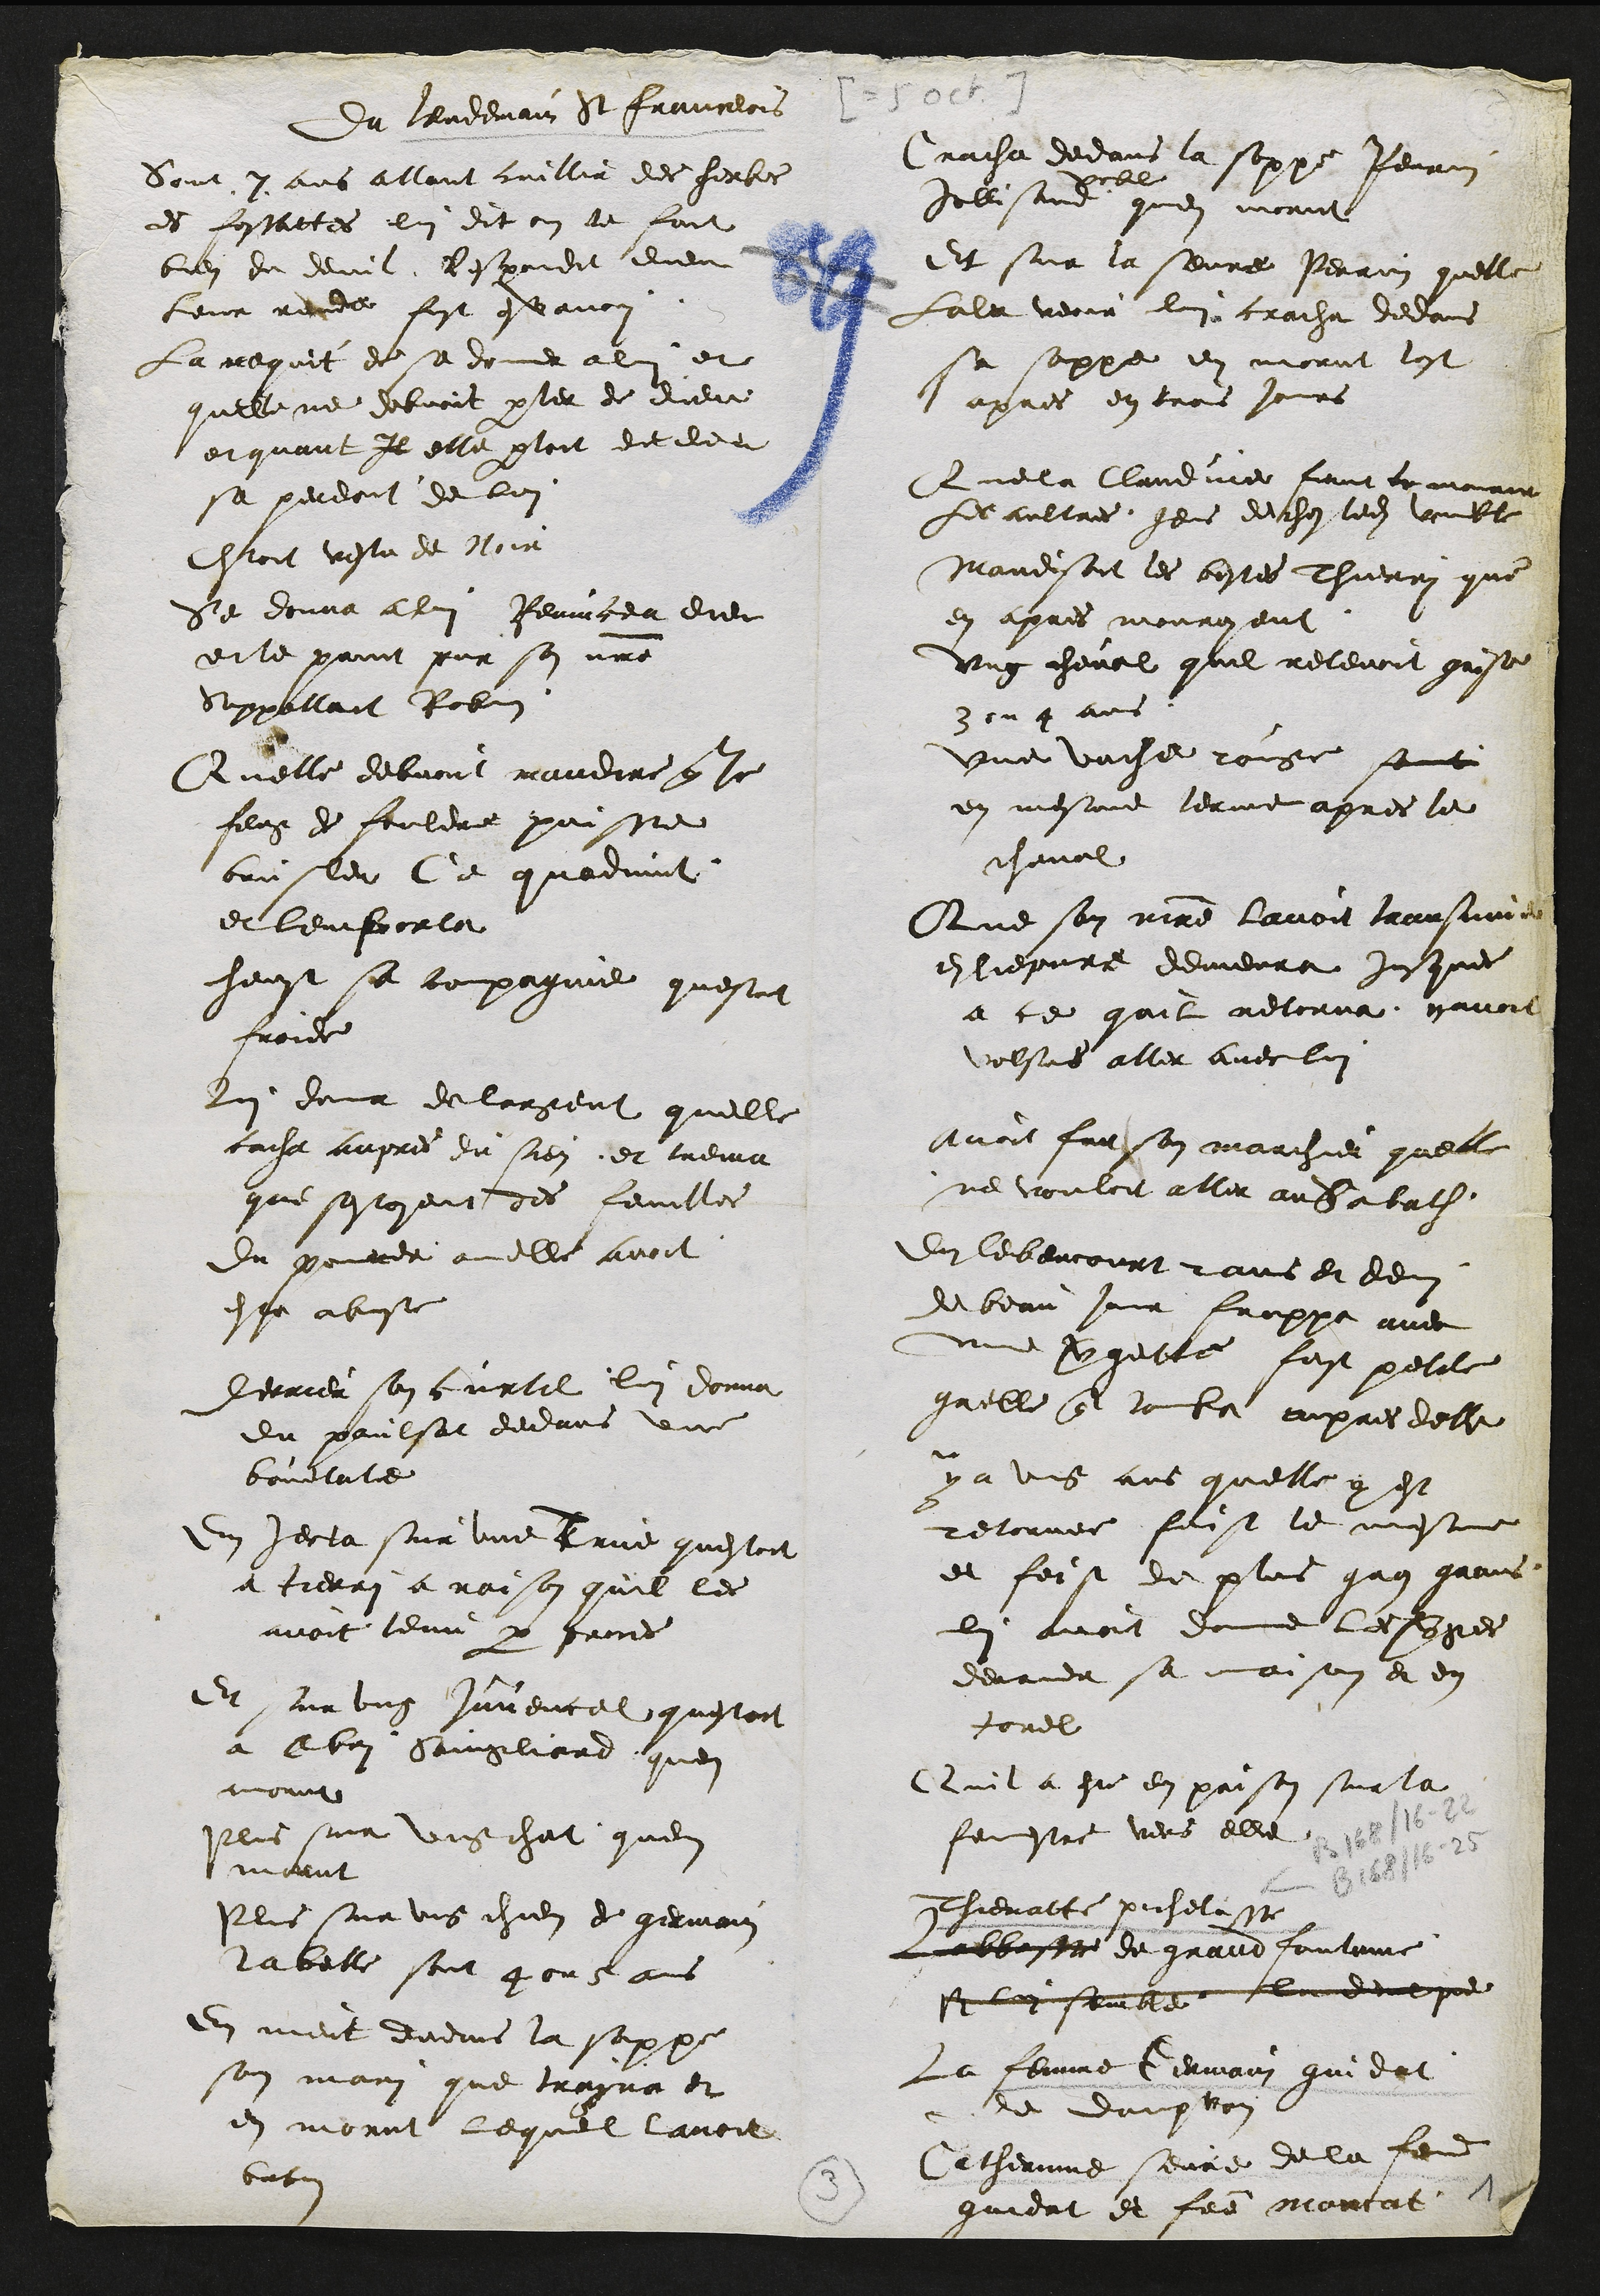
Du lendemain St franceois
Soit 7 ans allant cuillir des herbes
es fossattes lui dit on te fait
bien du deuil Respondit dieu
leur rende fust esvanoui
La requit de se donner a lui et
quelle ne debvoit parler de dieu
et quant Il elle parloit dit dieu
se perdoit de lui
Estoit vestu de Noir
Se donna a lui Renuncea dieu
et le print pour son maitre
Sappalloit Robin
Quelle debvoit maudire que le
feug de fouldre puisse
brusler Ce quadvint
et lemporta
heust sa compagnie questoit
froide
Lui donna de largent quelle
cache aupres du sien et treuva
que sestoyent des feuilles
du pommier de ou elle avoit
este abuse
Derrier son curtil lui donna
du poulsat dedans une
bouetate
En jecta sur une Truie questoit
a tierri a raison quil les
avoit tenu par proces
Et sur ung juvencel questoit
a Abri Saingliard quen
mourut
Plus sur ung chat quen
mourut
Plus sur ung chien de germain
la belle sont 4 ou 5 ans
en meit dedans la soppe
son mari que trayna et
en morut lequel lavoit
batus

Cracha dedans la soppe Perrin
Jollisand
voeble
quen morut
Et sur la seure Perrin quelle
lala veoir lui cracha dedans
sa soppe en morut lost
apres en trois jours
Que la Claudine feme tramenaire
Les aultres gens de ches ledit voeble
Maudisoit les bestes Thierri que
en apres mouroyent
ung cheval quil retenoit gaiste
3 ou 4 ans
Une vache Rouge samti
en mesme terme apres le
cheval
Que son maitre lavoit transmuee
en liepvre demeura jusque
a ce quil retorna navoit
volsus aller avec lui
avoit fait son marchier quelle
ne vouloit aller au Sabath
du lebencourt 2 ans et demi
de beau jour frappa avec
une vergette fest petite
grelle que tomba aupres delle
y a ung ans quelle y est
retornee feist le mesme
et feist de plus gros grains
lui avoit donne les verges
derrier sa maison et en
torel
Quil a hue en prison sur la
fenestre vers elle
Thienatte pichelasse
labbesse de grand fonteine
si lui semble ?????????
La femme Germain gindat
de dampvan
Catherinne seure de la femme
guedat et femme marcat